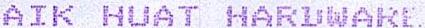
AIK HUAT HARDWARE